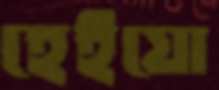
হেইয়ো